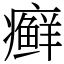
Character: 癣